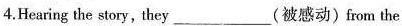
4.Hearing the story, they___(被感动)from the